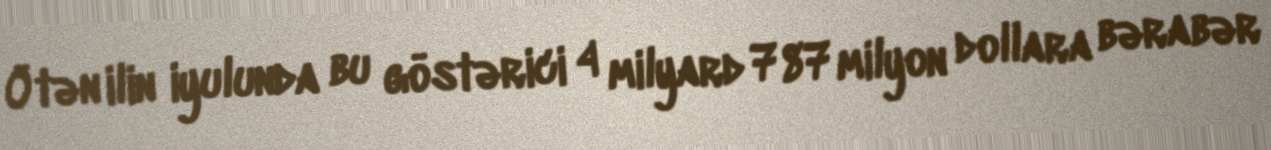
Ötən ilin iyulunda bu göstərici 4 milyard 787 milyon dollara bərabər